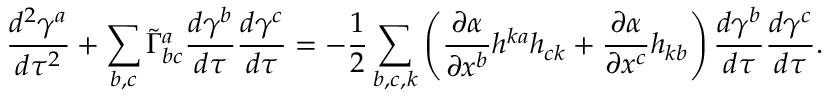
\frac { d ^ { 2 } \gamma ^ { a } } { d \tau ^ { 2 } } + \sum _ { b , c } \tilde { \Gamma } _ { b c } ^ { a } \frac { d \gamma ^ { b } } { d \tau } \frac { d \gamma ^ { c } } { d \tau } = - \frac { 1 } { 2 } \sum _ { b , c , k } \left( \frac { \partial \alpha } { \partial x ^ { b } } h ^ { k a } h _ { c k } + \frac { \partial \alpha } { \partial x ^ { c } } h _ { k b } \right) \frac { d \gamma ^ { b } } { d \tau } \frac { d \gamma ^ { c } } { d \tau } .